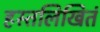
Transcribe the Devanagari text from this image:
हस्तलिखितं